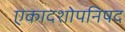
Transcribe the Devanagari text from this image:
एकादशोपनिषद